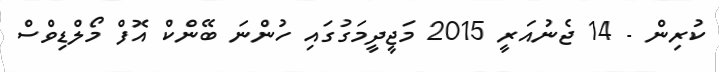
ކުރިން - 14 ޖެނުއަރީ 2015 މަޖީދީމަގުގައި ހުންނަ ބޭންކް އޮފް މޯލްޑިވްސް